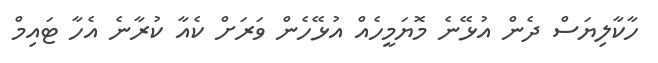
ހާކާލިޔަސް ދެން އުޅޭނެ މޮޔަމީހެއް އުޅޭހެން ވަރަށް ކެއާ ކުރާނެ އެހާ ޓައިމް